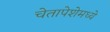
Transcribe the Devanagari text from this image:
चेतापेशेमध्ये